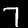
Label: 7